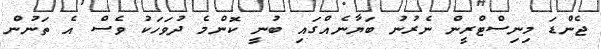
ޖެންޑަ މިނިސްޓްރީން ނެރުނު ބަޔާނެއްގައި ބުނީ ކޮންމެ ދުވަހަކު ވެސް އެ ތަނުން